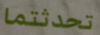
تحدثتما